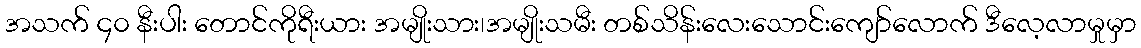
အသက် ၄၀ နီးပါး တောင်ကိုရီးယား အမျိုးသား၊အမျိုးသမီး တစ်သိန်းလေးသောင်းကျော်လောက် ဒီလေ့လာမှုမှာ